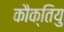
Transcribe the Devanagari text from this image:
कौक्तियु